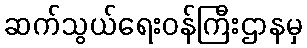
ဆက်သွယ်ရေးဝန်ကြီးဌာနမှ